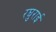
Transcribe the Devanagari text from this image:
रघुराई